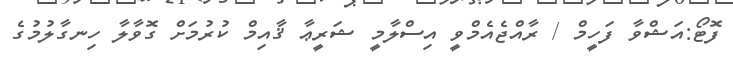
ފޮޓޯ:އަޝްވާ ފަހީމް / ރާއްޖެއެމްވީ އިސްލާމީ ޝަރީޢާ ޤާއިމް ކުރުމަށް ގޮވާލާ ހިނގާލުމުގެ